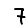
Digit: 7